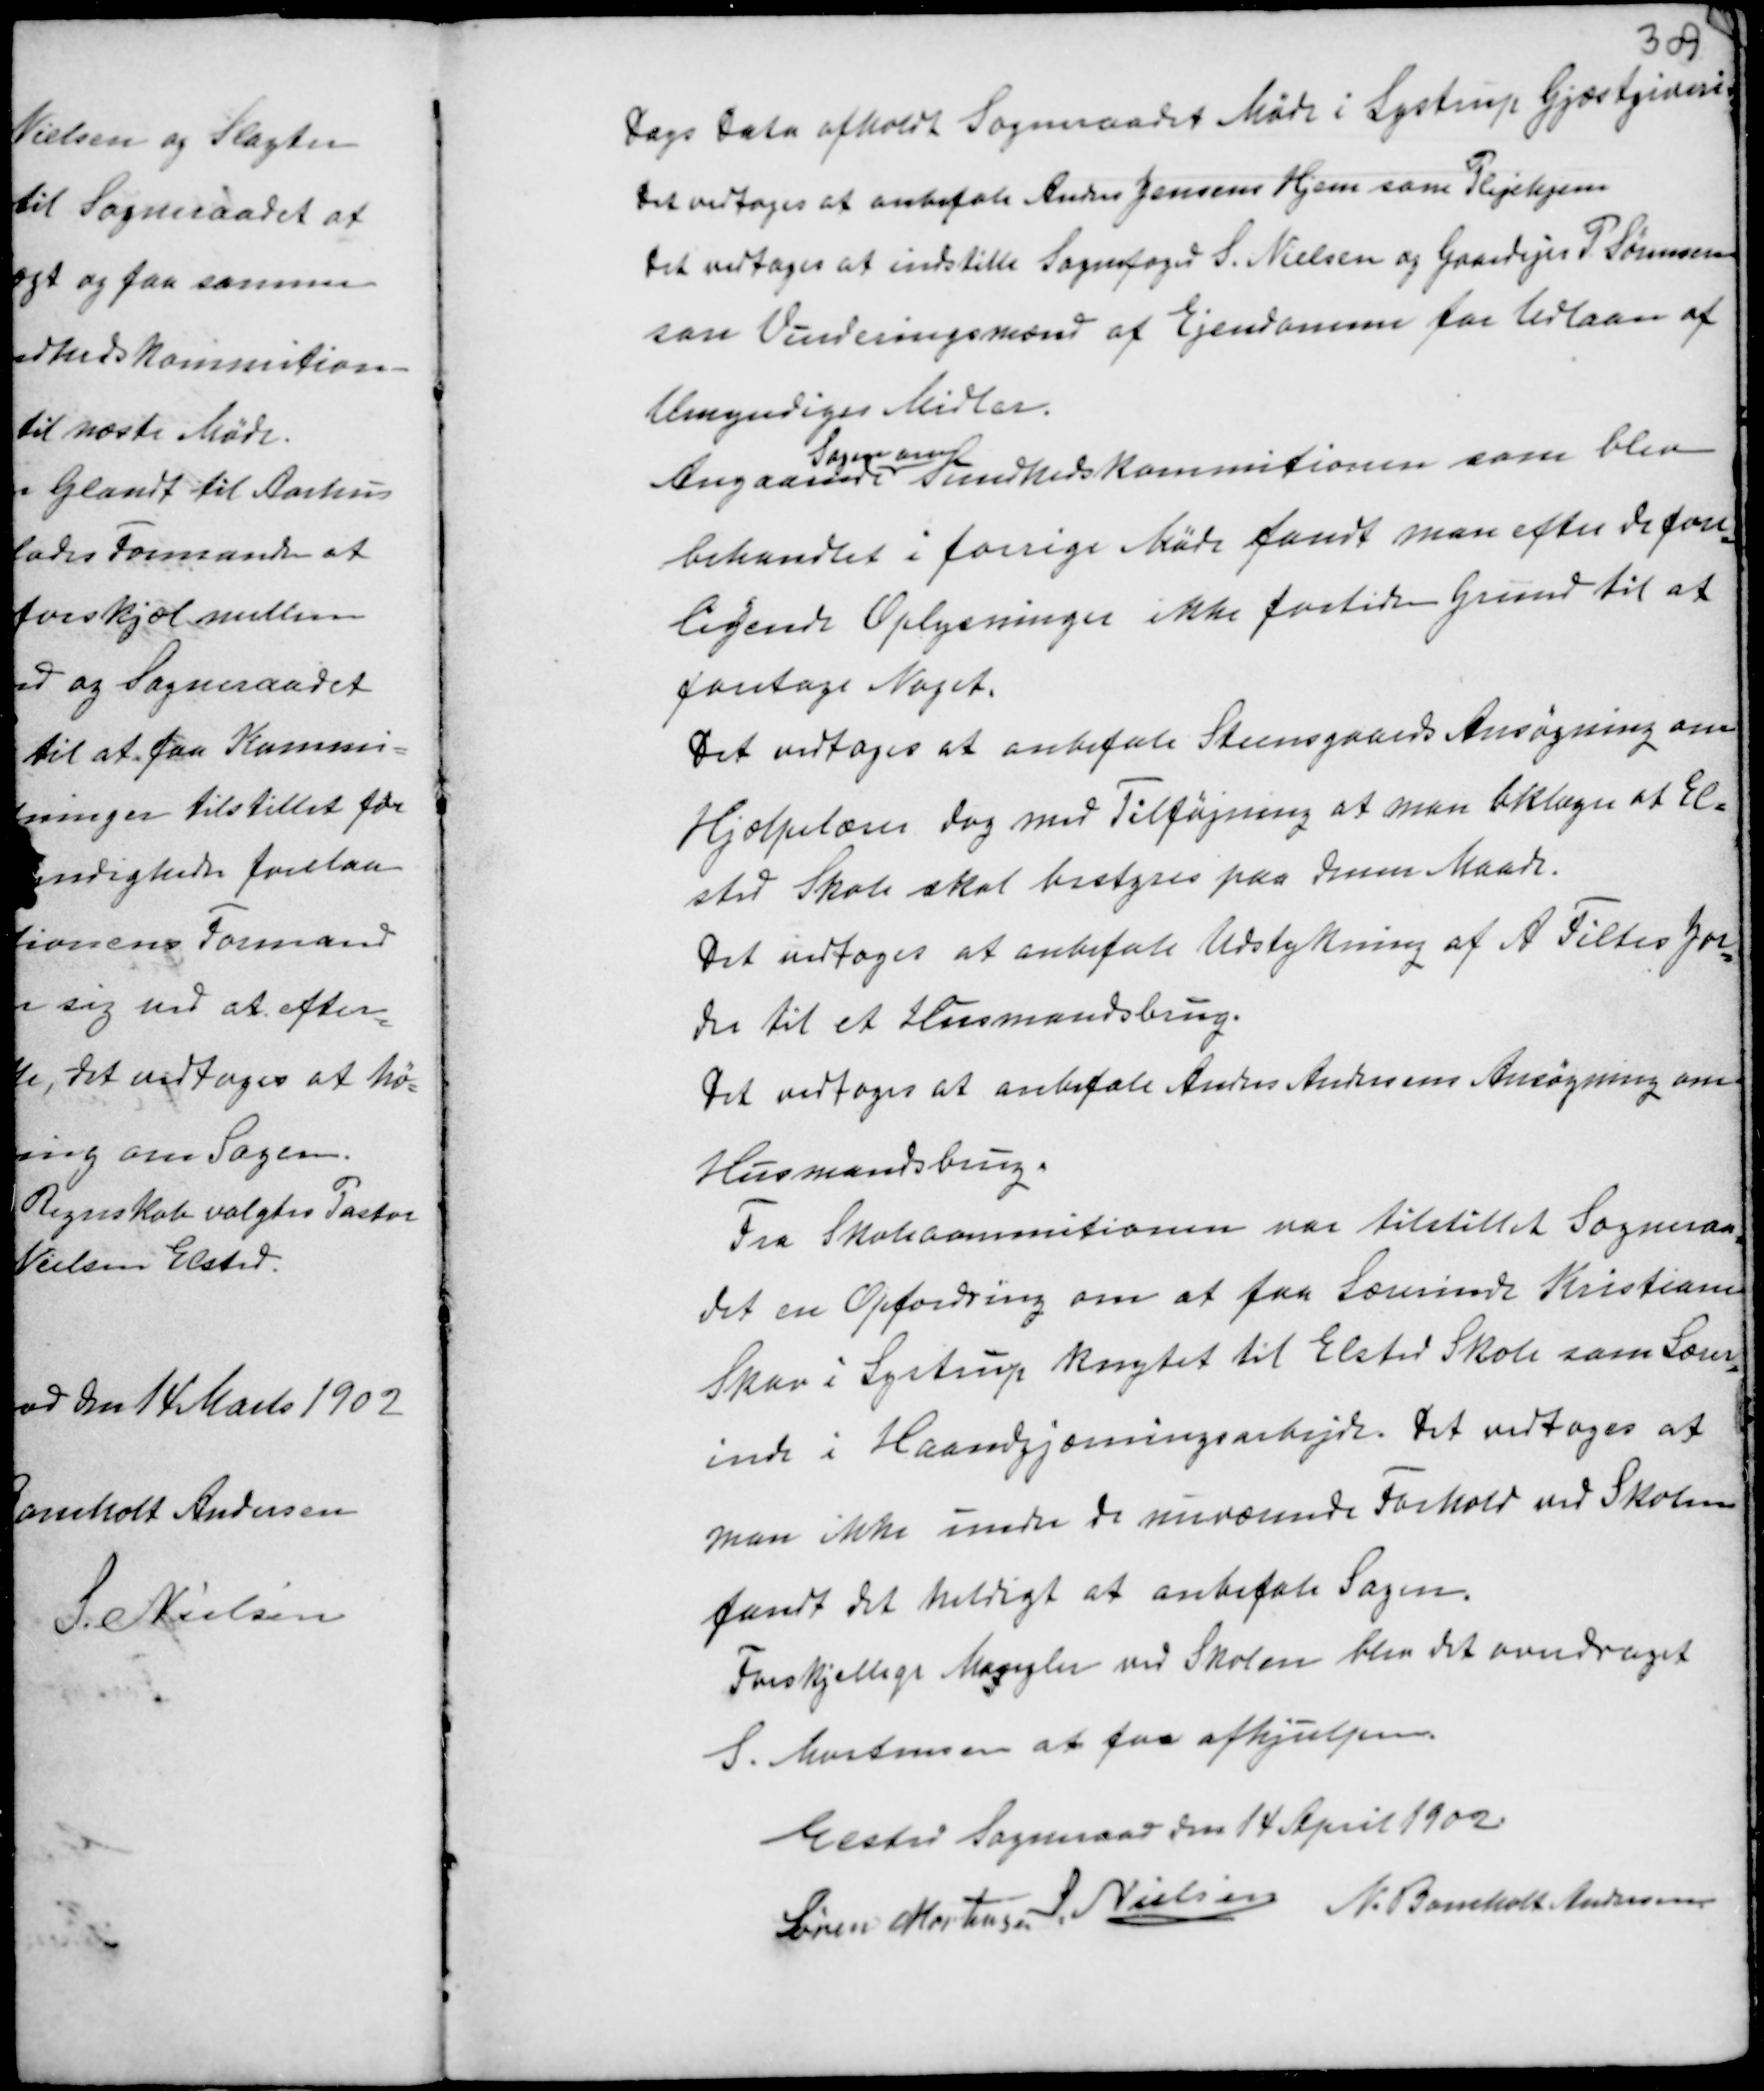
Transskription:
Dags Dato afholdt Sogneraadet Møde i Lystrup Gjæstgiveri.
Det vedtoges at anbefale Anders Jensens Hjem som PLejehjem
Det vedtoges at indstille Sognefoged S. Nielsen og Gaardejer P. Sørensen
son Vurderingsmænd af Ejendomme for Udlaan af
Umyndiges Midler.
Angaaende
Sagen om
Sundhedskommitionen som blev
behandlet i forrige Møde fandt man efter de fore-
ligende Oplysninger ikke fortiden Grund til at
foretage Noget.
Det vedtoges at anbefale Steensgaards Ansøgning om
Hjælpelærer dog med Tilføjning at man beklager at El-
sted Skole skal bestyres paa denne Maade.
Det vedtoges at anbefale Udstykning af A Filtes Jor-
der til et Husmandsbrug.
Det vedtoges at anbefale Anders Andersens Ansøgning om
Husmandsbrug.

Fra Skolekommitionen var tilstillet Sogneraa-
det en Opfordring om at faa Lærerinde Kristiane
Skov i Lystrup knyttet til Elsted Skole som Lærer-
inde i Haandgjærningsarbejde. Det vedtoges at
man ikke under de nuværende Forhold ved Skolen
fandt det heldigt at anbefale Sagen.
Forskjellige Mangler ved Skolen blev overdraget
S. Mortensen at faa afhjulpen.

Elsted Sogneraad den 14 April 1902.
Søren Mortensen S. Nielsen
N. Bomholt Andersen